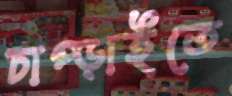
চাপ্‌ড়াইতে